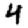
Digit: 4